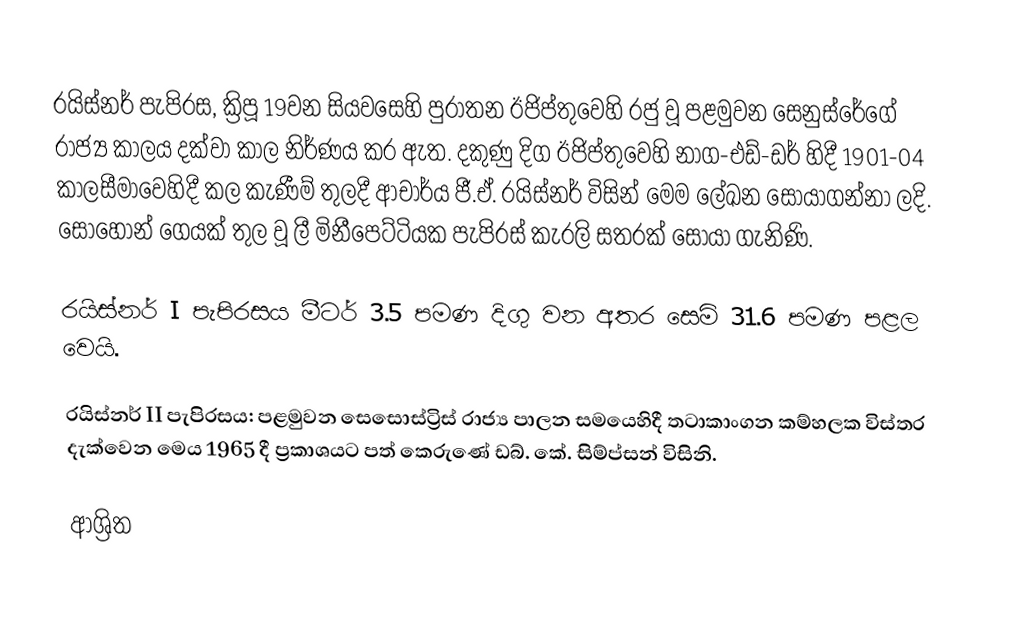
රයිස්නර් පැපිරස, ක්‍රිපූ 19වන සියවසෙහි පුරාතන ඊජිප්තුවෙහි රජු වූ පළමුවන සෙනුස්රේගේ රාජ්‍ය කාලය දක්වා කාල නිර්ණය කර ඇත. දකුණු දිග ඊජිප්තුවෙහි නාග-එඩ්-ඩර් හිදී 1901-04 කාලසීමාවෙහිදී කල කැණීම් තුලදී  ආචාර්ය ජී.ඒ. රයිස්නර් විසින් මෙම ලේඛන සොයාගන්නා ලදි. සොහොන් ගෙයක් තුල වූ ලී මිනීපෙට්ටියක පැපිරස් කැරලි සතරක් සොයා ගැනිණි.

 රයිස්නර් I පැපිරසය මීටර් 3.5 පමණ දිගු වන අතර  සෙමි 31.6 පමණ පළල වෙයි.

 රයිස්නර් II පැපිරසය: පළමුවන සෙසොස්ට්‍රිස් රාජ්‍ය පාලන සමයෙහිදී තටාකාංගන කම්හලක විස්තර දැක්වෙන මෙය 1965 දී ප්‍රකාශයට පත් කෙරුණේ ඩබ්. කේ. සිම්ප්සන් විසිනි.

ආශ්‍රිත